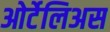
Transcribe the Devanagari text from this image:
ओर्टेलिअस